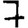
Digit: 7